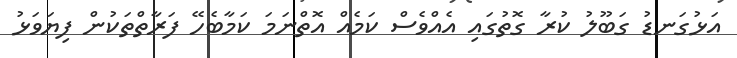
އަޅުގަނޑު ގަބޫލު ކުރާ ގޮތުގައި އެއްވެސް ކަމެއް އޮތްނަމަ ކަމާބެހޭ ފަރާތްތަކުން ފިޔަވަޅު